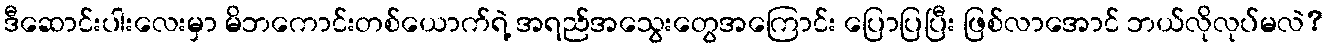
ဒီဆောင်းပါးလေးမှာ မိဘကောင်းတစ်ယောက်ရဲ့ အရည်အသွေးတွေအကြောင်း ပြောပြပြီး ဖြစ်လာအောင် ဘယ်လိုလုပ်မလဲ?